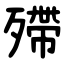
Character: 殢